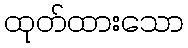
ထုတ်ထားသော